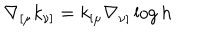
\nabla _ { [ \mu } k _ { \nu ] } = k _ { [ \mu } \nabla _ { \nu ] } \log h